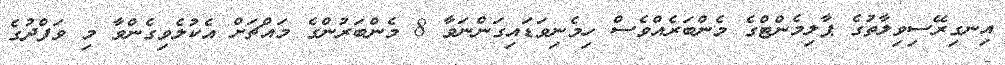
އިނގިރޭސިވިލާތުގެ ޕާލިމެންޓްގެ މެންބަރެއްވެސް ހިމެނިވަޑައިގަންނަވާ 8 މެންބަރުންގެ މައްޗަށް އެކުލެވިގެންވާ މި ވަފްދުގެ